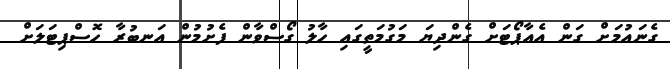
ގެނައުމަށް ގަން އެއާޕޯޓަށް ގެންދިޔަ މަގުމަތީގައި ހާލު ގޯސްވާން ފެށުމުން އަނބުރާ ހޮސްޕިޓަލަށް